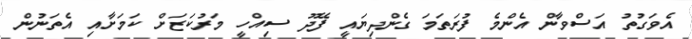
އެވަގުތު އަސްވާން އެންމެ ފުރަތަމަ ގެންދިޔައީ ފޭދޫ ސިއްހީ މަރުކަޒަށް ކަމަށާއި އެތަނުން